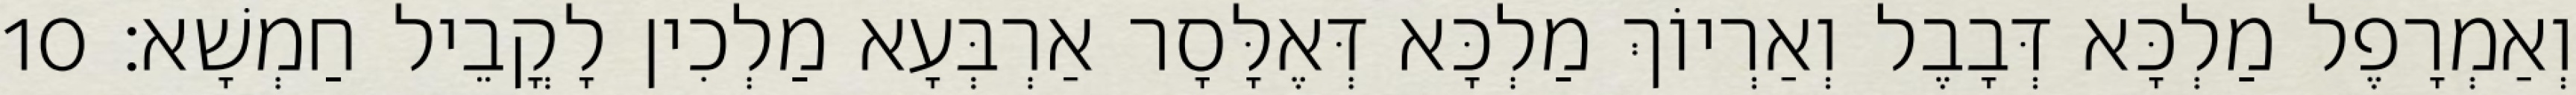
וְאַמְרָפֶל מַלְכָּא דְּבָבֶל וְאַרְיוֹךְ מַלְכָּא דְּאֶלָּסָר אַרְבְּעָא מַלְכִין לָקֳבֵיל חַמְשָׁא׃ 10